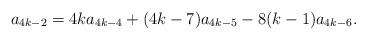
LaTeX: \begin{align*}a_{4k-2} = 4ka_{4k-4} + (4k-7)a_{4k-5} - 8(k-1)a_{4k-6}.\end{align*}